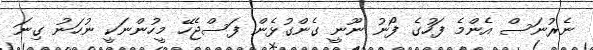
ނެރުނަސް އެންމެ ފަހުގެ ފޯނު ނޫނީ ގެންގުޅެން ފަސްޖެހޭ މީހުންނަކީ ނުހަނު ގިނަ